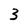
Character: 3